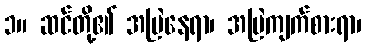
၁။ ဆင်တို့၏ အမြဲနေရာ၊ အမြဲကျက်စားရာ၊